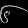
Digit: ၆